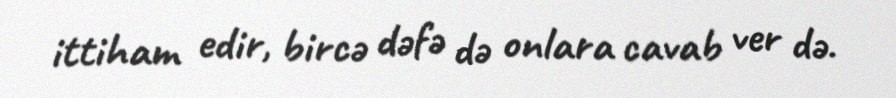
ittiham edir, bircə dəfə də onlara cavab ver də.